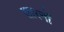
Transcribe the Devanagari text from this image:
सारनों